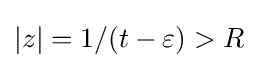
|z|=1/(t-\varepsilon )>R